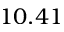
1 0 . 4 1